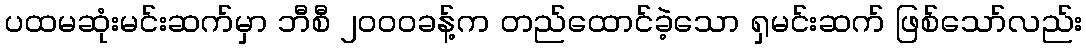
ပထမဆုံးမင်းဆက်မှာ ဘီစီ ၂၀၀၀ခန့်က တည်ထောင်ခဲ့သော ရှမင်းဆက် ဖြစ်သော်လည်း